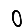
Digit: 0